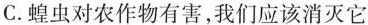
C.蝗虫对农作物有害，我们应该消灭它